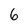
Character: 6